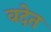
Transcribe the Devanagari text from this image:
वदेत